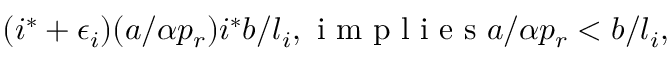
\begin{array} { r } { ( i ^ { * } + \epsilon _ { i } ) ( a / \alpha p _ { r } ) i ^ { * } b / l _ { i } , \mathrm { ~ i ~ m ~ p ~ l ~ i ~ e ~ s ~ } a / \alpha p _ { r } < b / l _ { i } , } \end{array}